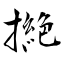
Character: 撧